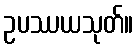
ဥပဿယသုတ်။